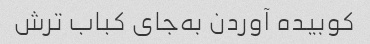
کوبیده آوردن به‌جای کباب ترش